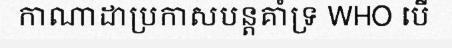
កាណាដាប្រកាសបន្តគាំទ្រ WHO បើ